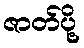
ဇာတ်ပို့